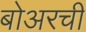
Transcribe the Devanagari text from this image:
बोअरची